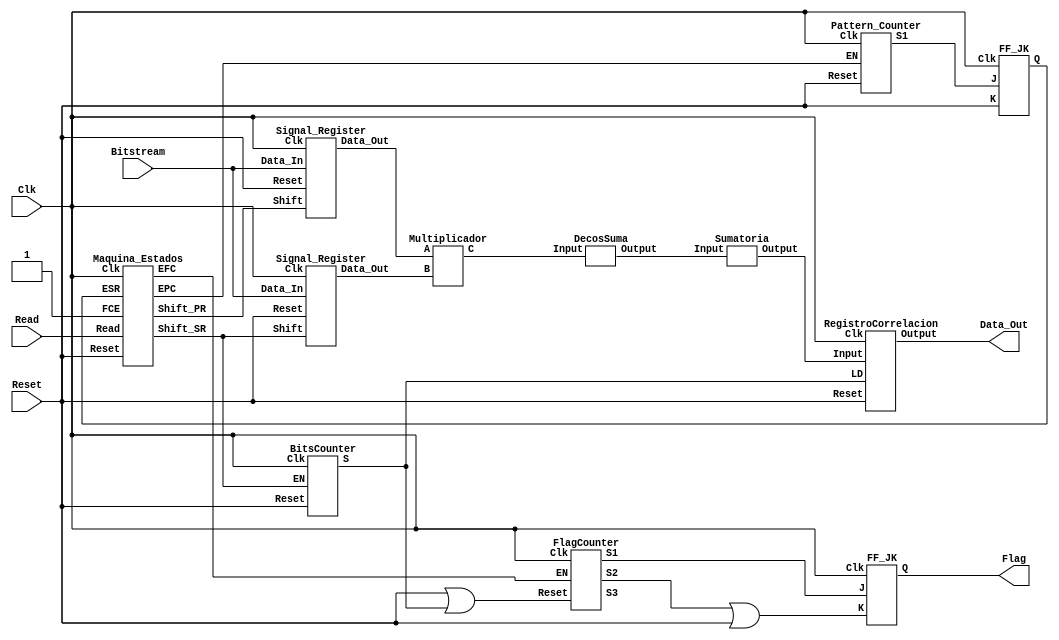
`timescale 1ns / 1ps
///////////////////////////////////////////////////////////////////////
///////////////////////////////////////////////////////////////////////

//Diseo Realizado para seales de 128 muestras y un OSF de 8


module Correlacion(Bitstream,Clk,Read,Reset,Data_Out,Flag);

    input Bitstream;
    input Clk;
    input Read;
    input Reset;
    
    output [10:0] Data_Out;
    output Flag;
    
    wire [1023:0] Patron;
    wire [1023:0] Muestra;
    wire [1023:0] Multiplicacion;
    wire [511:0] DatosSuma;
    wire[10:0] Correlacion;
    
    wire Shift_PR,Shift_SR;
    wire EPC,EFC;
    wire S1, S2, S3, S4, S5;
    wire FlagP;
    
    //S1 Se;al que habilita la escritura en el registro de muestra
    //S2: Se;al que activa la bandera
    //S3: FCE se;al que avisa cuando se desactiva la bandera
    //S4: Se;al que se activa antes de activar la bandera
    //S5: Se;al que indica cuando se ha escrito el octavo bit
    
    Signal_Register RPatron(Clk, Reset, Shift_PR, Bitstream, Patron);
    Signal_Register RMuestra(Clk, Reset, Shift_SR, Bitstream, Muestra);
    
    assign FCE = S3;
    assign Flag=FlagP;
    //assign Flag=FlagP&S5;
    //Maquina_Estados Control(Clk,Reset,Read,ESR,FCE,Shift_PR,Shift_SR,EPC,EFC);
    Maquina_Estados Control(Clk,Reset,Read,ESR,1'd1,Shift_PR,Shift_SR,EPC,EFC);
    
    BitsCounter CBits(Clk, Reset, Shift_SR, S5);
    Pattern_Counter ContadorPatron(Clk,Reset,EPC,S1);
    FlagCounter ContadorBandera(Clk, Reset|S5, EFC, S2,S3, S4);
    
    FF_JK FFA(Clk, S1, Reset, ESR);
    FF_JK FFB(Clk, S2, S3|Reset, FlagP);
    
    Multiplicador Multiplcador(Patron,Muestra,Multiplicacion);
    
    DecosSuma Deco(Multiplicacion,DatosSuma);
    
    Sumatoria Sum(DatosSuma, Correlacion);
    
    RegistroCorrelacion Resultado(Clk, Reset, S5, Correlacion, Data_Out);
    
endmodule


////////////////////////////////////////////////////////////////////////
////////////////////////////////////////////////////////////////////////
//module Signal_Register#(parameter NM=10, parameter OSF=8)(Clk, Reset, Shift, Data_In, Data_Out);
module Signal_Register(Clk, Reset, Shift, Data_In, Data_Out);

//--Input Ports--    
    input Clk;
    input Reset;
    input Shift;
    input Data_In;
        
//--Output Ports--
//output wire [(NM*OSF)-1:0] Data_Out;
//output wire [1023:0] Data_Out;
    output reg [1023:0] Data_Out;
    
//--Internal Variables--
//reg [1023:0] Temp;
//reg [(NM*OSF)-1:0] Temp;


    always @ (posedge Clk)
        if(Reset)
        //Temp <= 0;
            Data_Out=0;
        else if(Shift)
        //Temp <= {Data_In, Temp[1023:1]};
        //Temp <= {Data_In, Temp[(NM*OSF)-1:1]};
            Data_Out={Data_In,Data_Out[1023:1]};
        else
            Data_Out=Data_Out;
//assign Data_Out = Temp;
    
    
endmodule




////////////////////////////////////////////////////////////////////////
////////////////////////////////////////////////////////////////////////

module Maquina_Estados(Clk,Reset,Read,ESR,FCE,Shift_PR,Shift_SR,EPC,EFC);
    
    //--Input Ports-- 
    input Clk;
    input Reset;
    input Read;
    input ESR;
    input FCE;
    
    //--Output Ports-- 
    output reg Shift_PR;
    output reg Shift_SR;
    output reg EPC;
    output reg EFC;
    
    //registros de estado
    reg [2:0] PRE,FUT;
    parameter T0=3'b000, T1=3'b001,T2=3'b010,T3=3'b011, T4=3'b100, T5=3'b101,T6=3'b110,T7=3'b111;
    
    //registro de transicion de estado
    always @(negedge Clk or posedge Reset)
        if(Reset)
            PRE=0;
        else
            PRE=FUT;
                
    //red de estado futuro
    always  @(PRE or Read or ESR or FCE)
        case (PRE)
            T0:if (Read)
                    FUT=T1;
                else
                    FUT=T0;
            T1: FUT=T2;
            T2:if(Read)
                    FUT=T2;
                else
                    FUT=T3;
            T3: if (ESR)
                    FUT=T4;
                else
                    FUT=T0;
            T4: if (Read)
                    FUT=T5;
                else
                    FUT=T4;
            T5: FUT=T6;
            T6: if (FCE)
                    FUT=T7;
                else
                    FUT=T6;
            T7: if (Read)
                    FUT=T7;
                else
                    FUT=T4;
        endcase
            
    //asignacion de salidas
    always @ (PRE)
        case (PRE)
        
            T0:begin
                    Shift_PR=1'b0;
                    Shift_SR=1'b0;
                    EPC=1'b0;
                    EFC=1'b0;                    
                end
            T1:begin
                    Shift_PR=1'b1;
                    Shift_SR=1'b0;
                    EPC=1'b1;
                    EFC=1'b0;                    
                end
            T2:begin
                    Shift_PR=1'b0;
                    Shift_SR=1'b0;
                    EPC=1'b0;
                    EFC=1'b0;  
                end
            T3:begin
                    Shift_PR=1'b0;
                    Shift_SR=1'b0;
                    EPC=1'b0;
                    EFC=1'b0;
                end
            T4:begin
                    Shift_PR=1'b0;
                    Shift_SR=1'b0;
                    EPC=1'b0;
                    EFC=1'b1;
                end
            T5:begin
                    Shift_PR=1'b0;
                    Shift_SR=1'b1;
                    EPC=1'b0;
                    EFC=1'b1;
                end
            T6:begin
                    Shift_PR=1'b0;
                    Shift_SR=1'b0;
                    EPC=1'b0;
                    EFC=1'b1;
                end
            T7:begin
                    Shift_PR=1'b0;
                    Shift_SR=1'b0;
                    EPC=1'b0;
                    EFC=1'b1;
                end
                   
        endcase
    
    
endmodule


////////////////////////////////////////////////////////////////////////
////////////////////////////////////////////////////////////////////////

module BitsCounter(Clk, Reset, EN, S);
    input Clk, Reset;
    input EN;
    
    output S;
    
    reg[3:0] Cuenta;
    
    always @ (posedge Clk)
        if(Reset||Cuenta==4'd8)
            Cuenta=4'd0;
        else if(EN)
            Cuenta=Cuenta+4'd1;
        else
            Cuenta=Cuenta;
            
    assign S=(Cuenta==4'd8);
    
endmodule

////////////////////////////////////////////////////////////////////////
////////////////////////////////////////////////////////////////////////

module Pattern_Counter(Clk,Reset,EN,S1);
    
    input Clk;
    input Reset;
    input EN;
    
    output S1;
    
    //--Internal Variables--
    reg [10:0] Cuenta;
        
    always @(posedge Clk)
        
    if (Reset)
        Cuenta=11'd0;
    else if (EN)
        Cuenta=Cuenta+11'd1;
    else
        Cuenta=Cuenta;
        
    //assign S1=(Cuenta==11'd128);
    
    assign S1=(Cuenta==11'd24);  

endmodule

////////////////////////////////////////////////////////////////////////
////////////////////////////////////////////////////////////////////////

module FlagCounter(Clk, Reset, EN, S1,S2,S3);

    //--Inputs--
    input Clk;
    input EN;
    input Reset;

    //--Outputs--
    output S1,S2,S3;

    //--Internal Variables--
    reg [3:0] Cuenta;
	
	always @(posedge Clk)
	   if (Reset)
	       Cuenta=4'd0;    
	   else if ((EN)&(Cuenta!=4'd5))
	       Cuenta=Cuenta+4'd1;
	   else
	       Cuenta=Cuenta;
	
	assign S1=(Cuenta==4'd2);   //Activa bandera
    assign S2=(Cuenta==4'd4); //Desactiva bandera
    assign S3=(Cuenta==4'd1); //Habilida registro con valor de correlacion


endmodule

////////////////////////////////////////////////////////////////////////
////////////////////////////////////////////////////////////////////////

module FF_JK(Clk, J, K, Q);
    //--Input Ports--  
    input Clk;
    input J;
    input K;
    
    //--Output Ports--  
    output reg Q;
    
    //--Internal Variables--
    wire D;
        
    assign D=((J&~Q) | (~K&Q));
        
    always @ (posedge Clk)
        Q=D;


endmodule


////////////////////////////////////////////////////////////////////////
////////////////////////////////////////////////////////////////////////

module Multiplicador(A,B,C);
    input [1023:0] A;
    input [1023:0] B;
    output [1023:0] C;
    
    assign C= ~(A^B);
    //assign C = A|B;
    //assign C=A-^B;
endmodule

////////////////////////////////////////////////////////////////////////
////////////////////////////////////////////////////////////////////////


module DecosSuma(Input,Output);
    input [1023:0] Input;
    output [511:0] Output;
    
    Deco_Sum DecoS1(Input[7:0],Output[3:0]);
    Deco_Sum DecoS2(Input[15:8],Output[7:4]);
    Deco_Sum DecoS3(Input[23:16],Output[11:8]);
    Deco_Sum DecoS4(Input[31:24],Output[15:12]);
    Deco_Sum DecoS5(Input[39:32],Output[19:16]);
    Deco_Sum DecoS6(Input[47:40],Output[23:20]);
    Deco_Sum DecoS7(Input[55:48],Output[27:24]);
    Deco_Sum DecoS8(Input[63:56],Output[31:28]);
    Deco_Sum DecoS9(Input[71:64],Output[35:32]);
    Deco_Sum DecoS10(Input[79:72],Output[39:36]);
    Deco_Sum DecoS11(Input[87:80],Output[43:40]);
    Deco_Sum DecoS12(Input[95:88],Output[47:44]);
    Deco_Sum DecoS13(Input[103:96],Output[51:48]);
    Deco_Sum DecoS14(Input[111:104],Output[55:52]);
    Deco_Sum DecoS15(Input[119:112],Output[59:56]);
    Deco_Sum DecoS16(Input[127:120],Output[63:60]);
    Deco_Sum DecoS17(Input[135:128],Output[67:64]);
    Deco_Sum DecoS18(Input[143:136],Output[71:68]);
    Deco_Sum DecoS19(Input[151:144],Output[75:72]);
    Deco_Sum DecoS20(Input[159:152],Output[79:76]);
    Deco_Sum DecoS21(Input[167:160],Output[83:80]);
    Deco_Sum DecoS22(Input[175:168],Output[87:84]);
    Deco_Sum DecoS23(Input[183:176],Output[91:88]);
    Deco_Sum DecoS24(Input[191:184],Output[95:92]);
    Deco_Sum DecoS25(Input[199:192],Output[99:96]);
    Deco_Sum DecoS26(Input[207:200],Output[103:100]);
    Deco_Sum DecoS27(Input[215:208],Output[107:104]);
    Deco_Sum DecoS28(Input[223:216],Output[111:108]);
    Deco_Sum DecoS29(Input[231:224],Output[115:112]);
    Deco_Sum DecoS30(Input[239:232],Output[119:116]);
    Deco_Sum DecoS31(Input[247:240],Output[123:120]);
    Deco_Sum DecoS32(Input[255:248],Output[127:124]);
    Deco_Sum DecoS33(Input[263:256],Output[131:128]);
    Deco_Sum DecoS34(Input[271:264],Output[135:132]);
    Deco_Sum DecoS35(Input[279:272],Output[139:136]);
    Deco_Sum DecoS36(Input[287:280],Output[143:140]);
    Deco_Sum DecoS37(Input[295:288],Output[147:144]);
    Deco_Sum DecoS38(Input[303:296],Output[151:148]);
    Deco_Sum DecoS39(Input[311:304],Output[155:152]);
    Deco_Sum DecoS40(Input[319:312],Output[159:156]);
    Deco_Sum DecoS41(Input[327:320],Output[163:160]);
    Deco_Sum DecoS42(Input[335:328],Output[167:164]);
    Deco_Sum DecoS43(Input[343:336],Output[171:168]);
    Deco_Sum DecoS44(Input[351:344],Output[175:172]);
    Deco_Sum DecoS45(Input[359:352],Output[179:176]);
    Deco_Sum DecoS46(Input[367:360],Output[183:180]);
    Deco_Sum DecoS47(Input[375:368],Output[187:184]);
    Deco_Sum DecoS48(Input[383:376],Output[191:188]);
    Deco_Sum DecoS49(Input[391:384],Output[195:192]);
    Deco_Sum DecoS50(Input[399:392],Output[199:196]);
    Deco_Sum DecoS51(Input[407:400],Output[203:200]);
    Deco_Sum DecoS52(Input[415:408],Output[207:204]);
    Deco_Sum DecoS53(Input[423:416],Output[211:208]);
    Deco_Sum DecoS54(Input[431:424],Output[215:212]);
    Deco_Sum DecoS55(Input[439:432],Output[219:216]);
    Deco_Sum DecoS56(Input[447:440],Output[223:220]);
    Deco_Sum DecoS57(Input[455:448],Output[227:224]);
    Deco_Sum DecoS58(Input[463:456],Output[231:228]);
    Deco_Sum DecoS59(Input[471:464],Output[235:232]);
    Deco_Sum DecoS60(Input[479:472],Output[239:236]);
    Deco_Sum DecoS61(Input[487:480],Output[243:240]);
    Deco_Sum DecoS62(Input[495:488],Output[247:244]);
    Deco_Sum DecoS63(Input[503:496],Output[251:248]);
    Deco_Sum DecoS64(Input[511:504],Output[255:252]);
    Deco_Sum DecoS65(Input[519:512],Output[259:256]);
    Deco_Sum DecoS66(Input[527:520],Output[263:260]);
    Deco_Sum DecoS67(Input[535:528],Output[267:264]);
    Deco_Sum DecoS68(Input[543:536],Output[271:268]);
    Deco_Sum DecoS69(Input[551:544],Output[275:272]);
    Deco_Sum DecoS70(Input[559:552],Output[279:276]);
    Deco_Sum DecoS71(Input[567:560],Output[283:280]);
    Deco_Sum DecoS72(Input[575:568],Output[287:284]);
    Deco_Sum DecoS73(Input[583:576],Output[291:288]);
    Deco_Sum DecoS74(Input[591:584],Output[295:292]);
    Deco_Sum DecoS75(Input[599:592],Output[299:296]);
    Deco_Sum DecoS76(Input[607:600],Output[303:300]);
    Deco_Sum DecoS77(Input[615:608],Output[307:304]);
    Deco_Sum DecoS78(Input[623:616],Output[311:308]);
    Deco_Sum DecoS79(Input[631:624],Output[315:312]);
    Deco_Sum DecoS80(Input[639:632],Output[319:316]);
    Deco_Sum DecoS81(Input[647:640],Output[323:320]);
    Deco_Sum DecoS82(Input[655:648],Output[327:324]);
    Deco_Sum DecoS83(Input[663:656],Output[331:328]);
    Deco_Sum DecoS84(Input[671:664],Output[335:332]);
    Deco_Sum DecoS85(Input[679:672],Output[339:336]);
    Deco_Sum DecoS86(Input[687:680],Output[343:340]);
    Deco_Sum DecoS87(Input[695:688],Output[347:344]);
    Deco_Sum DecoS88(Input[703:696],Output[351:348]);
    Deco_Sum DecoS89(Input[711:704],Output[355:352]);
    Deco_Sum DecoS90(Input[719:712],Output[359:356]);
    Deco_Sum DecoS91(Input[727:720],Output[363:360]);
    Deco_Sum DecoS92(Input[735:728],Output[367:364]);
    Deco_Sum DecoS93(Input[743:736],Output[371:368]);
    Deco_Sum DecoS94(Input[751:744],Output[375:372]);
    Deco_Sum DecoS95(Input[759:752],Output[379:376]);
    Deco_Sum DecoS96(Input[767:760],Output[383:380]);
    Deco_Sum DecoS97(Input[775:768],Output[387:384]);
    Deco_Sum DecoS98(Input[783:776],Output[391:388]);
    Deco_Sum DecoS99(Input[791:784],Output[395:392]);
    Deco_Sum DecoS100(Input[799:792],Output[399:396]);
    Deco_Sum DecoS101(Input[807:800],Output[403:400]);
    Deco_Sum DecoS102(Input[815:808],Output[407:404]);
    Deco_Sum DecoS103(Input[823:816],Output[411:408]);
    Deco_Sum DecoS104(Input[831:824],Output[415:412]);
    Deco_Sum DecoS105(Input[839:832],Output[419:416]);
    Deco_Sum DecoS106(Input[847:840],Output[423:420]);
    Deco_Sum DecoS107(Input[855:848],Output[427:424]);
    Deco_Sum DecoS108(Input[863:856],Output[431:428]);
    Deco_Sum DecoS109(Input[871:864],Output[435:432]);
    Deco_Sum DecoS110(Input[879:872],Output[439:436]);
    Deco_Sum DecoS111(Input[887:880],Output[443:440]);
    Deco_Sum DecoS112(Input[895:888],Output[447:444]);
    Deco_Sum DecoS113(Input[903:896],Output[451:448]);
    Deco_Sum DecoS114(Input[911:904],Output[455:452]);
    Deco_Sum DecoS115(Input[919:912],Output[459:456]);
    Deco_Sum DecoS116(Input[927:920],Output[463:460]);
    Deco_Sum DecoS117(Input[935:928],Output[467:464]);
    Deco_Sum DecoS118(Input[943:936],Output[471:468]);
    Deco_Sum DecoS119(Input[951:944],Output[475:472]);
    Deco_Sum DecoS120(Input[959:952],Output[479:476]);
    Deco_Sum DecoS121(Input[967:960],Output[483:480]);
    Deco_Sum DecoS122(Input[975:968],Output[487:484]);
    Deco_Sum DecoS123(Input[983:976],Output[491:488]);
    Deco_Sum DecoS124(Input[991:984],Output[495:492]);
    Deco_Sum DecoS125(Input[999:992],Output[499:496]);
    Deco_Sum DecoS126(Input[1007:1000],Output[503:500]);
    Deco_Sum DecoS127(Input[1015:1008],Output[507:504]);
    Deco_Sum DecoS128(Input[1023:1016],Output[511:508]);

endmodule


////////////////////////////////////////////////////////////////////////
////////////////////////////////////////////////////////////////////////


module Deco_Sum(Input, Output);
	input [7:0]Input;
	output reg[3:0]Output;
	
	
	always @ (Input)
		case(Input)
			8'd0: Output=4'd0;
            8'd1: Output=4'd1;
            8'd2: Output=4'd1;
            8'd3: Output=4'd2;
            8'd4: Output=4'd1;
            8'd5: Output=4'd2;
            8'd6: Output=4'd2;
            8'd7: Output=4'd3;
            8'd8: Output=4'd1;
            8'd9: Output=4'd2;
            8'd10: Output=4'd2;
            8'd11: Output=4'd3;
            8'd12: Output=4'd2;
            8'd13: Output=4'd3;
            8'd14: Output=4'd3;
            8'd15: Output=4'd4;
            8'd16: Output=4'd1;
            8'd17: Output=4'd2;
            8'd18: Output=4'd2;
            8'd19: Output=4'd3;
            8'd20: Output=4'd2;
            8'd21: Output=4'd3;
            8'd22: Output=4'd3;
            8'd23: Output=4'd4;
            8'd24: Output=4'd2;
            8'd25: Output=4'd3;
            8'd26: Output=4'd3;
            8'd27: Output=4'd4;
            8'd28: Output=4'd3;
            8'd29: Output=4'd4;
            8'd30: Output=4'd4;
            8'd31: Output=4'd5;
            8'd32: Output=4'd1;
            8'd33: Output=4'd2;
            8'd34: Output=4'd2;
            8'd35: Output=4'd3;
            8'd36: Output=4'd2;
            8'd37: Output=4'd3;
            8'd38: Output=4'd3;
            8'd39: Output=4'd4;
            8'd40: Output=4'd2;
            8'd41: Output=4'd3;
            8'd42: Output=4'd3;
            8'd43: Output=4'd4;
            8'd44: Output=4'd3;
            8'd45: Output=4'd4;
            8'd46: Output=4'd4;
            8'd47: Output=4'd5;
            8'd48: Output=4'd2;
            8'd49: Output=4'd3;
            8'd50: Output=4'd3;
            8'd51: Output=4'd4;
            8'd52: Output=4'd3;
            8'd53: Output=4'd4;
            8'd54: Output=4'd4;
            8'd55: Output=4'd5;
            8'd56: Output=4'd3;
            8'd57: Output=4'd4;
            8'd58: Output=4'd4;
            8'd59: Output=4'd5;
            8'd60: Output=4'd4;
            8'd61: Output=4'd5;
            8'd62: Output=4'd5;
            8'd63: Output=4'd6;
            8'd64: Output=4'd1;
            8'd65: Output=4'd2;
            8'd66: Output=4'd2;
            8'd67: Output=4'd3;
            8'd68: Output=4'd2;
            8'd69: Output=4'd3;
            8'd70: Output=4'd3;
            8'd71: Output=4'd4;
            8'd72: Output=4'd2;
            8'd73: Output=4'd3;
            8'd74: Output=4'd3;
            8'd75: Output=4'd4;
            8'd76: Output=4'd3;
            8'd77: Output=4'd4;
            8'd78: Output=4'd4;
            8'd79: Output=4'd5;
            8'd80: Output=4'd2;
            8'd81: Output=4'd3;
            8'd82: Output=4'd3;
            8'd83: Output=4'd4;
            8'd84: Output=4'd3;
            8'd85: Output=4'd4;
            8'd86: Output=4'd4;
            8'd87: Output=4'd5;
            8'd88: Output=4'd3;
            8'd89: Output=4'd4;
            8'd90: Output=4'd4;
            8'd91: Output=4'd5;
            8'd92: Output=4'd4;
            8'd93: Output=4'd5;
            8'd94: Output=4'd5;
            8'd95: Output=4'd6;
            8'd96: Output=4'd2;
            8'd97: Output=4'd3;
            8'd98: Output=4'd3;
            8'd99: Output=4'd4;
            8'd100: Output=4'd3;
            8'd101: Output=4'd4;
            8'd102: Output=4'd4;
            8'd103: Output=4'd5;
            8'd104: Output=4'd3;
            8'd105: Output=4'd4;
            8'd106: Output=4'd4;
            8'd107: Output=4'd5;
            8'd108: Output=4'd4;
            8'd109: Output=4'd5;
            8'd110: Output=4'd5;
            8'd111: Output=4'd6;
            8'd112: Output=4'd3;
            8'd113: Output=4'd4;
            8'd114: Output=4'd4;
            8'd115: Output=4'd5;
            8'd116: Output=4'd4;
            8'd117: Output=4'd5;
            8'd118: Output=4'd5;
            8'd119: Output=4'd6;
            8'd120: Output=4'd4;
            8'd121: Output=4'd5;
            8'd122: Output=4'd5;
            8'd123: Output=4'd6;
            8'd124: Output=4'd5;
            8'd125: Output=4'd6;
            8'd126: Output=4'd6;
            8'd127: Output=4'd7;
            8'd128: Output=4'd1;
            8'd129: Output=4'd2;
            8'd130: Output=4'd2;
            8'd131: Output=4'd3;
            8'd132: Output=4'd2;
            8'd133: Output=4'd3;
            8'd134: Output=4'd3;
            8'd135: Output=4'd4;
            8'd136: Output=4'd2;
            8'd137: Output=4'd3;
            8'd138: Output=4'd3;
            8'd139: Output=4'd4;
            8'd140: Output=4'd3;
            8'd141: Output=4'd4;
            8'd142: Output=4'd4;
            8'd143: Output=4'd5;
            8'd144: Output=4'd2;
            8'd145: Output=4'd3;
            8'd146: Output=4'd3;
            8'd147: Output=4'd4;
            8'd148: Output=4'd3;
            8'd149: Output=4'd4;
            8'd150: Output=4'd4;
            8'd151: Output=4'd5;
            8'd152: Output=4'd3;
            8'd153: Output=4'd4;
            8'd154: Output=4'd4;
            8'd155: Output=4'd5;
            8'd156: Output=4'd4;
            8'd157: Output=4'd5;
            8'd158: Output=4'd5;
            8'd159: Output=4'd6;
            8'd160: Output=4'd2;
            8'd161: Output=4'd3;
            8'd162: Output=4'd3;
            8'd163: Output=4'd4;
            8'd164: Output=4'd3;
            8'd165: Output=4'd4;
            8'd166: Output=4'd4;
            8'd167: Output=4'd5;
            8'd168: Output=4'd3;
            8'd169: Output=4'd4;
            8'd170: Output=4'd4;
            8'd171: Output=4'd5;
            8'd172: Output=4'd4;
            8'd173: Output=4'd5;
            8'd174: Output=4'd5;
            8'd175: Output=4'd6;
            8'd176: Output=4'd3;
            8'd177: Output=4'd4;
            8'd178: Output=4'd4;
            8'd179: Output=4'd5;
            8'd180: Output=4'd4;
            8'd181: Output=4'd5;
            8'd182: Output=4'd5;
            8'd183: Output=4'd6;
            8'd184: Output=4'd4;
            8'd185: Output=4'd5;
            8'd186: Output=4'd5;
            8'd187: Output=4'd6;
            8'd188: Output=4'd5;
            8'd189: Output=4'd6;
            8'd190: Output=4'd6;
            8'd191: Output=4'd7;
            8'd192: Output=4'd2;
            8'd193: Output=4'd3;
            8'd194: Output=4'd3;
            8'd195: Output=4'd4;
            8'd196: Output=4'd3;
            8'd197: Output=4'd4;
            8'd198: Output=4'd4;
            8'd199: Output=4'd5;
            8'd200: Output=4'd3;
            8'd201: Output=4'd4;
            8'd202: Output=4'd4;
            8'd203: Output=4'd5;
            8'd204: Output=4'd4;
            8'd205: Output=4'd5;
            8'd206: Output=4'd5;
            8'd207: Output=4'd6;
            8'd208: Output=4'd3;
            8'd209: Output=4'd4;
            8'd210: Output=4'd4;
            8'd211: Output=4'd5;
            8'd212: Output=4'd4;
            8'd213: Output=4'd5;
            8'd214: Output=4'd5;
            8'd215: Output=4'd6;
            8'd216: Output=4'd4;
            8'd217: Output=4'd5;
            8'd218: Output=4'd5;
            8'd219: Output=4'd6;
            8'd220: Output=4'd5;
            8'd221: Output=4'd6;
            8'd222: Output=4'd6;
            8'd223: Output=4'd7;
            8'd224: Output=4'd3;
            8'd225: Output=4'd4;
            8'd226: Output=4'd4;
            8'd227: Output=4'd5;
            8'd228: Output=4'd4;
            8'd229: Output=4'd5;
            8'd230: Output=4'd5;
            8'd231: Output=4'd6;
            8'd232: Output=4'd4;
            8'd233: Output=4'd5;
            8'd234: Output=4'd5;
            8'd235: Output=4'd6;
            8'd236: Output=4'd5;
            8'd237: Output=4'd6;
            8'd238: Output=4'd6;
            8'd239: Output=4'd7;
            8'd240: Output=4'd4;
            8'd241: Output=4'd5;
            8'd242: Output=4'd5;
            8'd243: Output=4'd6;
            8'd244: Output=4'd5;
            8'd245: Output=4'd6;
            8'd246: Output=4'd6;
            8'd247: Output=4'd7;
            8'd248: Output=4'd5;
            8'd249: Output=4'd6;
            8'd250: Output=4'd6;
            8'd251: Output=4'd7;
            8'd252: Output=4'd6;
            8'd253: Output=4'd7;
            8'd254: Output=4'd7;
            8'd255: Output=4'd8;

			
		endcase

endmodule




////////////////////////////////////////////////////////////////////////
////////////////////////////////////////////////////////////////////////

module Sumatoria(Input, Output);
    input [511:0]Input;
    output [10:0]Output;
    
    assign Output = Input[511:508] +Input[507:504] +Input[503:500] +Input[499:496] +Input[495:492] +Input[491:488] +Input[487:484] +Input[483:480] +Input[479:476] +Input[475:472] +Input[471:468] +Input[467:464] +Input[463:460] +Input[459:456] +Input[455:452] +Input[451:448] +Input[447:444] +Input[443:440] +Input[439:436] +Input[435:432] +Input[431:428] +Input[427:424] +Input[423:420] +Input[419:416] +Input[415:412] +Input[411:408] +Input[407:404] +Input[403:400] +Input[399:396] +Input[395:392] +Input[391:388] +Input[387:384] +Input[383:380] +Input[379:376] +Input[375:372] +Input[371:368] +Input[367:364] +Input[363:360] +Input[359:356] +Input[355:352] +Input[351:348] +Input[347:344] +Input[343:340] +Input[339:336] +Input[335:332] +Input[331:328] +Input[327:324] +Input[323:320] +Input[319:316] +Input[315:312] +Input[311:308] +Input[307:304] +Input[303:300] +Input[299:296] +Input[295:292] +Input[291:288] +Input[287:284] +Input[283:280] +Input[279:276] +Input[275:272] +Input[271:268] +Input[267:264] +Input[263:260] +Input[259:256] +Input[255:252] +Input[251:248] +Input[247:244] +Input[243:240] +Input[239:236] +Input[235:232] +Input[231:228] +Input[227:224] +Input[223:220] +Input[219:216] +Input[215:212] +Input[211:208] +Input[207:204] +Input[203:200] +Input[199:196] +Input[195:192] +Input[191:188] +Input[187:184] +Input[183:180] +Input[179:176] +Input[175:172] +Input[171:168] +Input[167:164] +Input[163:160] +Input[159:156] +Input[155:152] +Input[151:148] +Input[147:144] +Input[143:140] +Input[139:136] +Input[135:132] +Input[131:128] +Input[127:124] +Input[123:120] +Input[119:116] +Input[115:112] +Input[111:108] +Input[107:104] +Input[103:100] +Input[99:96] +Input[95:92] +Input[91:88] +Input[87:84] +Input[83:80] +Input[79:76] +Input[75:72] +Input[71:68] +Input[67:64] +Input[63:60] +Input[59:56] +Input[55:52] +Input[51:48] +Input[47:44] +Input[43:40] +Input[39:36] +Input[35:32] +Input[31:28] +Input[27:24] +Input[23:20] +Input[19:16] +Input[15:12]+Input[11:8]+Input[7:4]+Input[3:0];
    
endmodule


////////////////////////////////////////////////////////////////////////
////////////////////////////////////////////////////////////////////////


module RegistroCorrelacion(Clk, Reset, LD, Input, Output);
    input Clk, Reset;
    input LD;
    input[10:0] Input;
    output reg[10:0] Output;
    
    always @(posedge Clk)
        if(Reset)
            Output=11'd0;
        else if(LD)
            Output=Input;
        else
            Output=Output;

endmodule

////////////////////////////////////////////////////////////////////////
////////////////////////////////////////////////////////////////////////